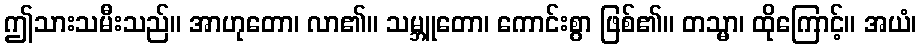
ဤသားသမီးသည်။ အာဟုတော၊ လာ၏။ သမ္ဘူတော၊ ကောင်းစွာ ဖြစ်၏။ တသ္မာ၊ ထိုကြောင့်။ အယံ၊